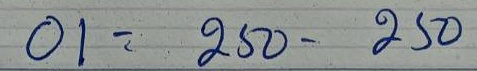
01 = 250 - 250